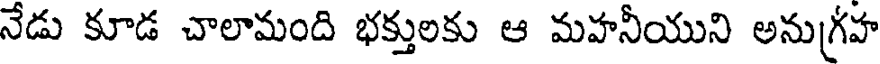
నేడు కూడ చాలామంది భక్తులకు ఆ మహనీయుని అనుగ్రహ